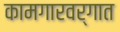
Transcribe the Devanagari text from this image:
कामगारवर्गात